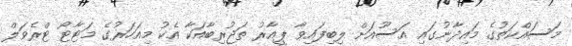
މަސައްކަތުގެ މައިދާނުގައި އަސޫއަށް ލިބިފައިވާ ޕީއާރު ތަޖުރިބާއަކާ އެކު މިއަހަރުގެ މަޓާޓޯ ޓްރެވަލް